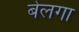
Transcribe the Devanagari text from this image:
बेलगा